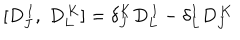
[ D _ { J } ^ { \, I } , \; D _ { L } ^ { \, K } ] = \delta _ { J } ^ { K } D _ { L } ^ { \, I } - \delta _ { L } ^ { I } D _ { J } ^ { \, K }